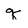
Character: q